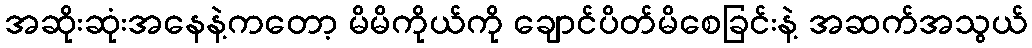
အဆိုးဆုံးအနေနဲ့ကတော့ မိမိကိုယ်ကို ချောင်ပိတ်မိစေခြင်းနဲ့ အဆက်အသွယ်